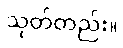
သုတ်တည်း။